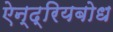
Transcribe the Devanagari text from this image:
ऐन्द्रियबोध